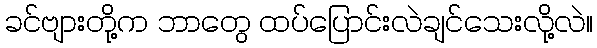
ခင်ဗျားတို့က ဘာတွေ ထပ်ပြောင်းလဲချင်သေးလို့လဲ။